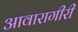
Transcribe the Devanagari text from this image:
आवारागीरी